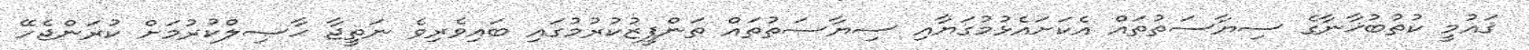
ޤައުމީ ކުތުބުޚާނާގެ ސިޔާސަތުތައް އެކަށައެޅުމުގަޔާއި ސިޔާސަތުތައް ތަންފީޒުކުރުމުގައި ބައިވެރިވެ ނަތީޖާ ޙާޞިލްކުރުމަށް ކުރަންޖެހޭ